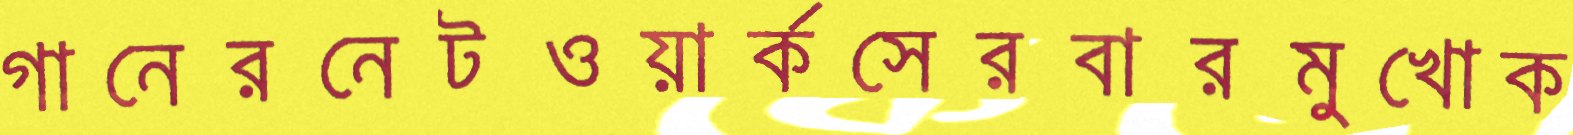
গানেরনেটওয়ার্কসেরবারমুখোক